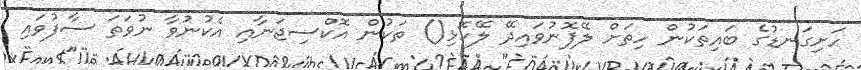
ހަށިގަނޑުގެ ބައިތަކުން ހިތަށް ލޭފޮނުވައިދޭ ލޭހޮޅި() ތަކުން އޮކްސިޖަނާއި އެކުނުވާ ނުވަތަ ސާފުވައި